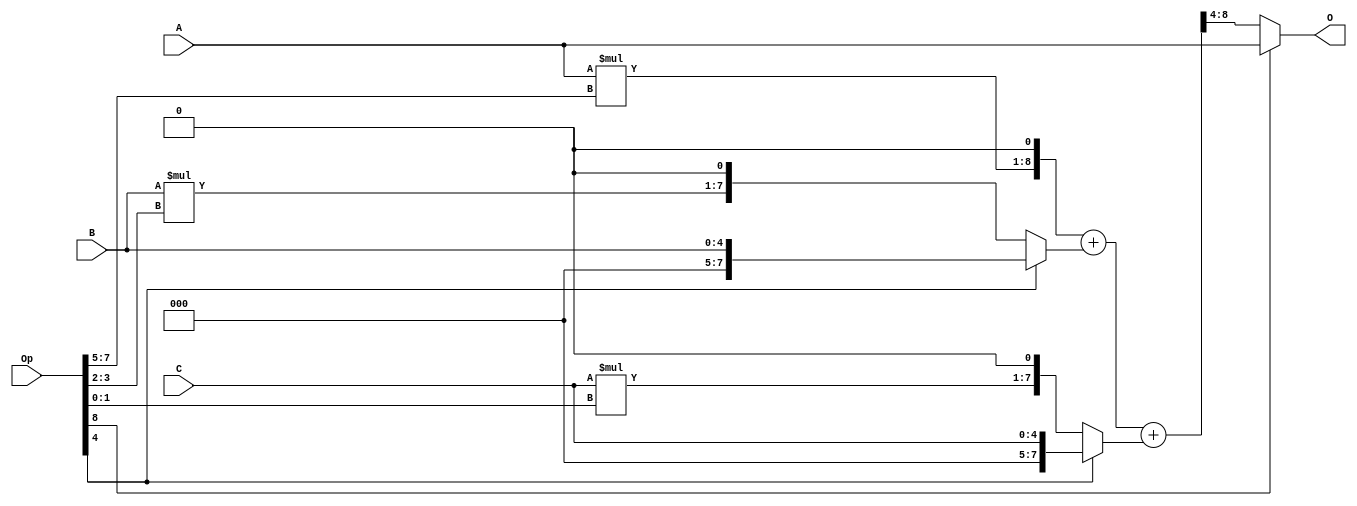
module InnerBlend(input [8:0] Op, input [4:0] A, input [4:0] B, input [4:0] C, output [4:0] O);
  wire OpOnes = Op[4];
  wire [7:0] Amul = A * Op[7:5];
  wire [6:0] Bmul = B * Op[3:2];
  wire [6:0] Cmul = C * Op[1:0];
  wire [7:0] At =  Amul;
  wire [7:0] Bt = (OpOnes == 0) ? {Bmul, 1'b0} : {3'b0, B};
  wire [7:0] Ct = (OpOnes == 0) ? {Cmul, 1'b0} : {3'b0, C};
  wire [8:0] Res = {At, 1'b0} + Bt + Ct;
  assign O = Op[8] ? A : Res[8:4];
endmodule